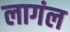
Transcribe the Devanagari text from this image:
लागंल